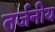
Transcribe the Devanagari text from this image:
तर्जनीय